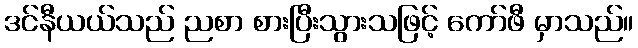
ဒင်နီယယ်သည် ညစာ စားပြီးသွားသဖြင့် ကော်ဖီ မှာသည်။